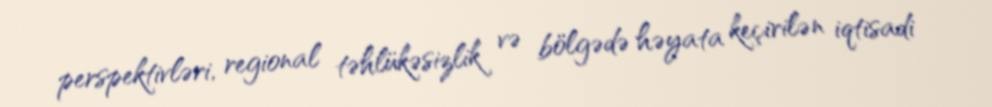
perspektivləri, regional təhlükəsizlik və bölgədə həyata keçirilən iqtisadi